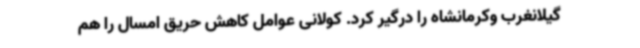
گیلانغرب وکرمانشاه را درگیر کرد. کولانی عوامل کاهش حریق امسال را هم